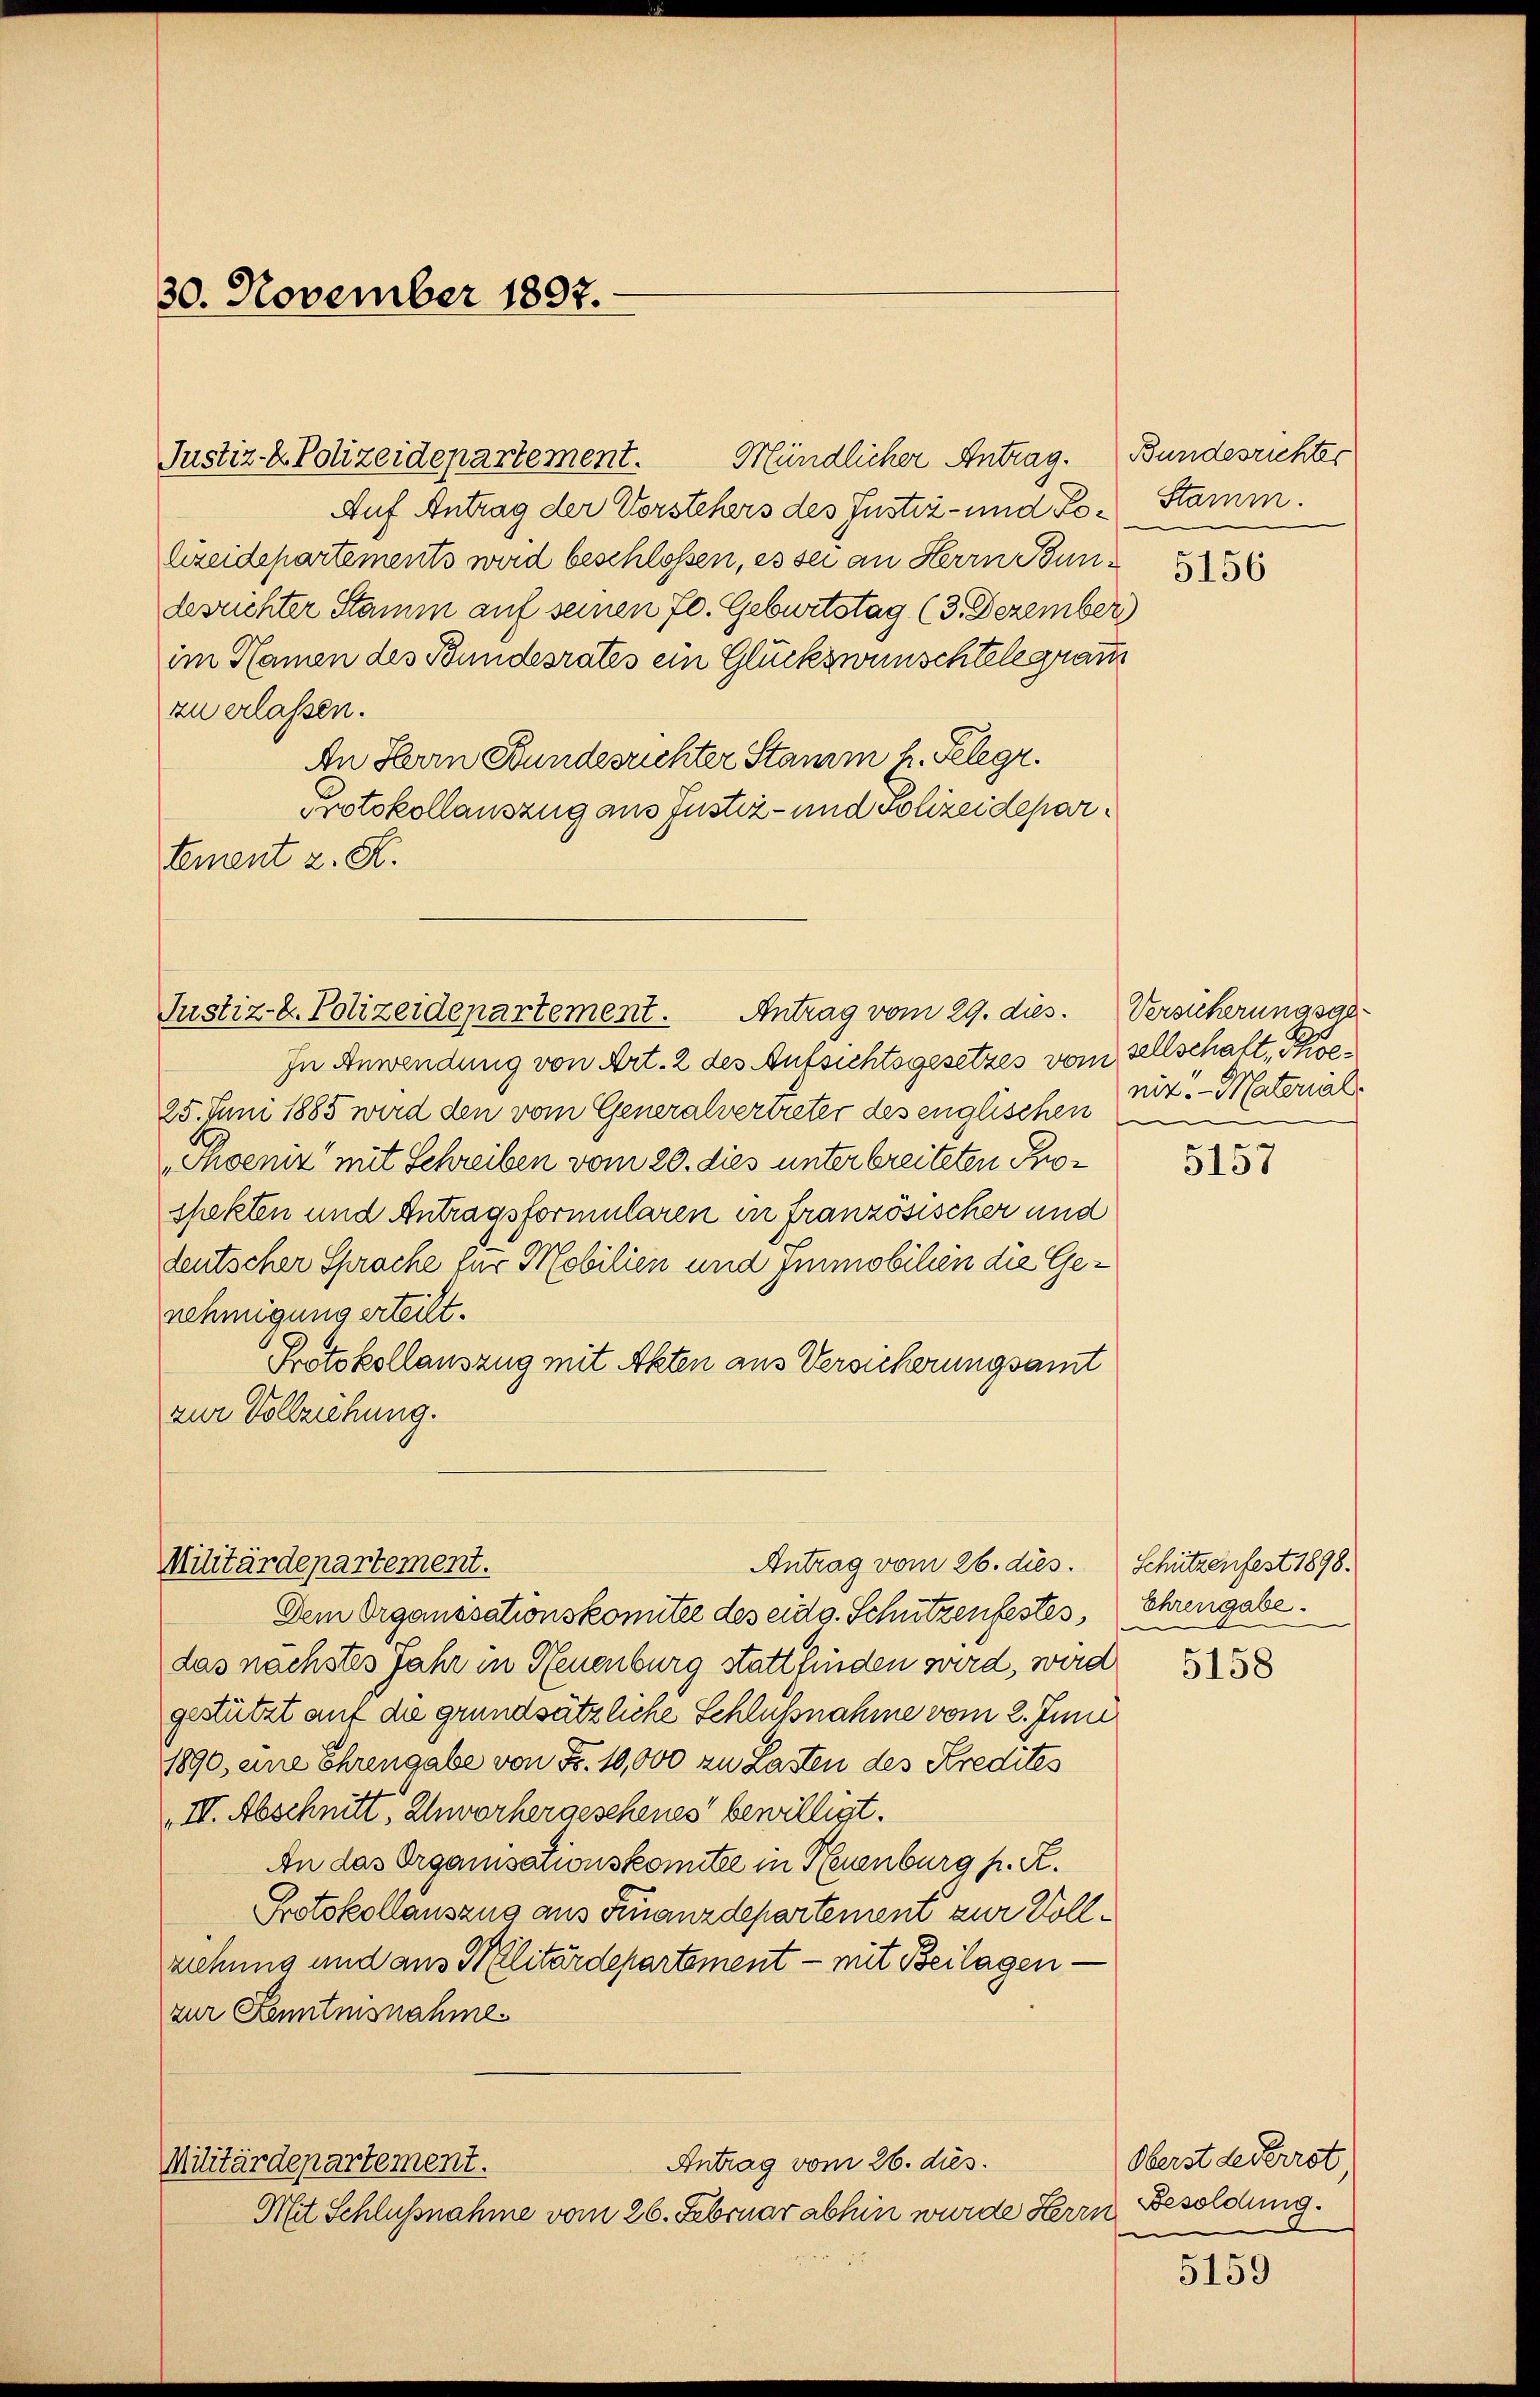
30. November 1897.

Justiz- & Polizeidepartement. Antrag vom 29. dies. Versucherungsge¬

Auf Antrag der Vorstehers des Justiz- und Polizeidepartements wird beschlossen, es sei an Herrn Bundesrichter Stamm auf seinen 70. Geburtstag (3. Dezember
im Namen des Bundesrates ein Glückswünschtelegram
zu erlassen.
An Herrn Bundesrichter Stamm h. Telegr.
Protokollauszug aus Justiz- und Polizeidepartement z. K.

In Anwendung von Art. 2 des Aufsichtsgesetzes vom sellschaft, Poe¬
25. Juni 1885 wird den vom Generalvertreter des englischen nit. Material
Tuoeniz mit Schreiben vom 20. dies unterbreiteten Prospekten und Antragsformularen in französischer und
deutscher Sprache für Mobilien und Immobilien die Genehmigung erteilt.
Protokollauszug mit Akten aus Versicherungsamt
zur Vollziehung.

Militärdepartement.
Antrag vom 26. dies.

Justiz- & Polizeidepartement. Mündlicher Antrag. Bundesrichter

Dem Organisationskomitée des eidg. Schützenfestes
das nächstes Jahr in Neuenburg stattfinden wird, wird
gestützt auf die grundsätzliche Schlußnahme vom 2. Juni
1890, eine Ehrengabe von Fr. 10,000 zu Lasten des Kredites
III. Abschnitt, Inworhergeschenes bewilligt.
An das Organisationskomitee in Neuenburg h. R.
Protokollansang aus Finanzdepartement zur Vollziehung und aus Militärdepartement - mit Beilagen
zur Kenntnisnahme
Antrag vom 26. dies
Militärdepartement.
Mit Schlußnahme vom 26. Februar abhin wurde Herrn

Stamm.
5156

d

5157

Schützenfest 1898.
Ehrengabe.

5158

Oberst de Perrot,
Besoldung.
e

5159